Civil Veterinary Department. Madras. Admin. report 1926-33 - 1926-1933
Year: 1926
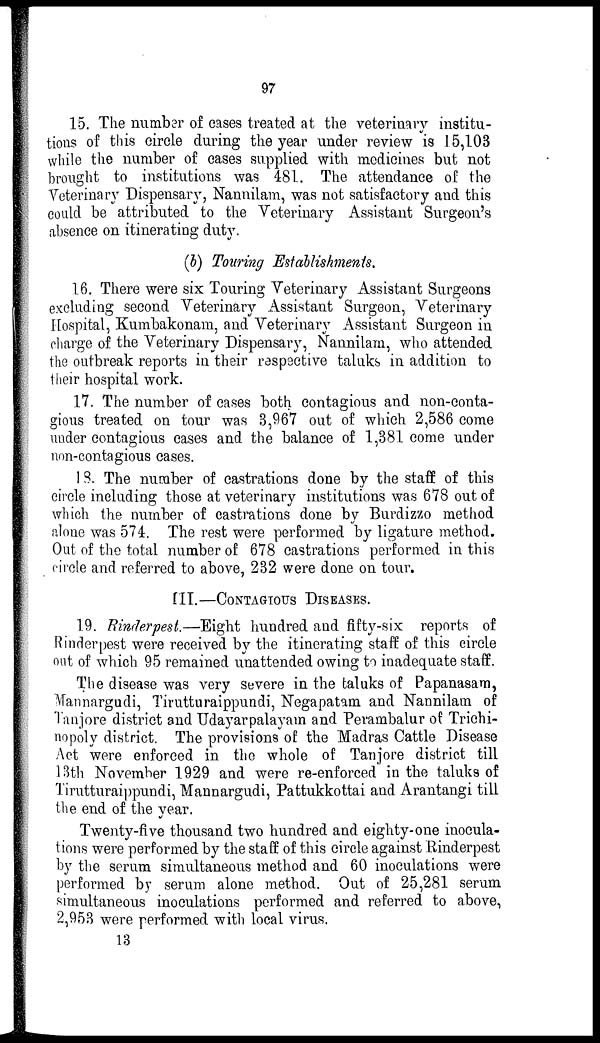
97
15. The number of cases treated at the veterinary institu-
tions of this circle during the year under review is 15,103
while the number of cases supplied with medicines but not
brought to institutions was 481. The attendance of the
Veterinary Dispensary, Nannilam, was not satisfactory and this
could be attributed to the Veterinary Assistant Surgeon's
absence on itinerating duty.
(b) Touring Establishments.
16. There were six Touring Veterinary Assistant Surgeons
excluding second Veterinary Assistant Surgeon, Veterinary
Hospital, Kumbakonam, and Veterinary Assistant Surgeon in
charge of the Veterinary Dispensary, Nannilam, who attended
the outbreak reports in their respective taluks in addition to
their hospital work.
17. The number of cases both contagious and non-conta-
gious treated on tour was 3,967 out of which 2,586 come
under contagious cases and the balance of 1,381 come under
non-contagious cases.
18. The number of castrations done by the staff of this
circle including those at veterinary institutions was 678 out of
which the number of castrations done by Burdizzo method
alone was 574. The rest were performed by ligature method.
Out of the total number of 678 castrations performed in this
circle and referred to above, 232 were done on tour.
III.—CONTAGIOUS
DISEASES.
19. Rinderpest.—Eight hundred and fifty-six reports of
Rinderpest were received by the itinerating staff of this circle
out of which 95 remained unattended owing to inadequate staff.
The disease was very severe in the taluks of Papanasam,
Mannargudi, Tirutturaippundi, Negapatam and Nannilam of
Tanjore district and Udayarpalayam and Perambalur of Trichi-
nopoly district. The provisions of the Madras Cattle Disease
Act were enforced in the whole of Tanjore district till
13th November 1929 and were re-enforced in the taluks of
Tirutturaippundi, Mannargudi, Pattukkottai and Arantangi till
the end of the year.
Twenty-five thousand two hundred and eighty-one inocula-
tions were performed by the staff of this circle against Rinderpest
by the serum simultaneous method and 60 inoculations were
performed by serum alone method. Out of 25,281 serum
simultaneous inoculations performed and referred to above,
2,953 were performed with local virus,
13